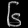
Digit: ၆